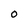
Character: 0